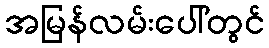
အမြန်လမ်းပေါ်တွင်